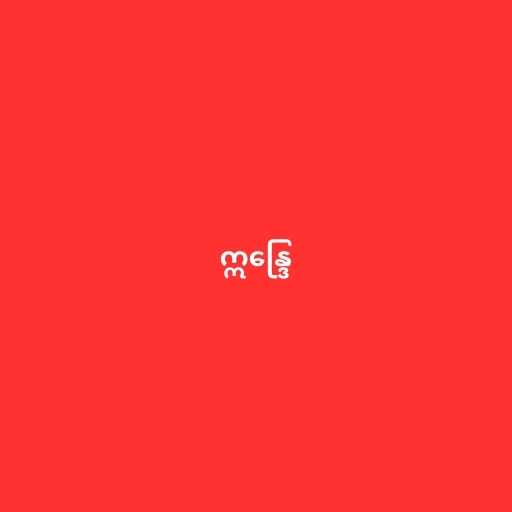
ဣန္ဒြေ